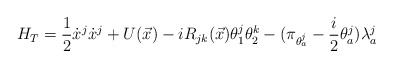
\begin{align*}H_T=\displaystyle\frac{1}{2} \dot{x}^j \dot{x}^j +U(\vec{x})- iR_{jk}(\vec{x}) \theta^j_1\theta^k_2-(\pi_{\theta_a^j}-\displaystyle\frac{i}{2}\theta_a^j) \lambda_a^j\end{align*}